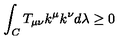
\int _ { C } T _ { \mu \nu } k ^ { \mu } k ^ { \nu } d \lambda \ge 0